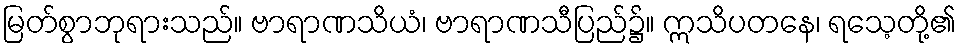
မြတ်စွာဘုရားသည်။ ဗာရာဏသိယံ၊ ဗာရာဏသီပြည်၌။ ဣသိပတနေ၊ ရသေ့တို့၏